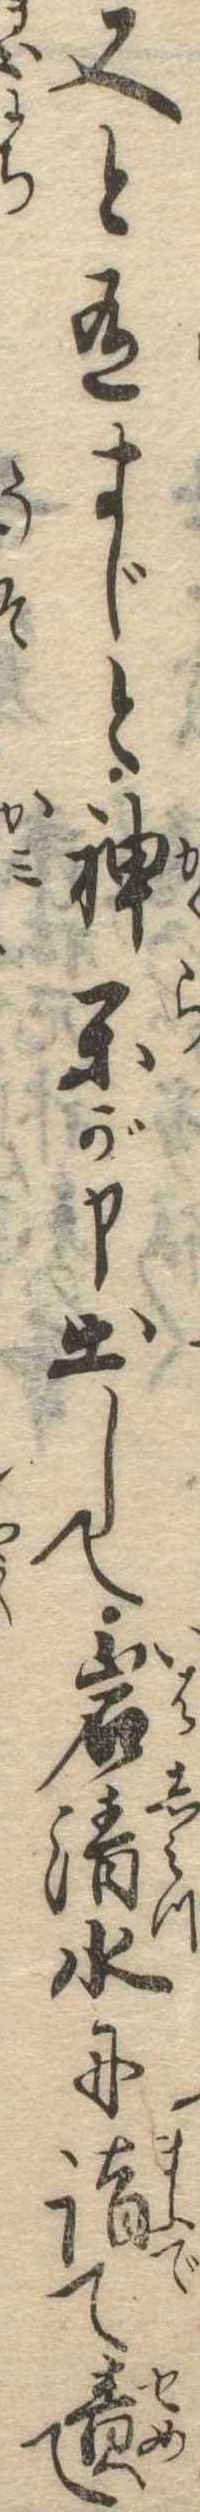
又と有まじと神楽が申出して岩清水に詣て責て